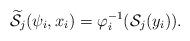
LaTeX: \begin{align*}\widetilde{\mathcal S_j}(\psi_i,x_i) = \varphi^{-1}_i(\mathcal S_j(y_i)).\end{align*}